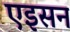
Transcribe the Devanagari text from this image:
एइसन